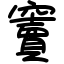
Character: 竇